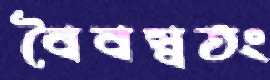
বৈবস্বতং